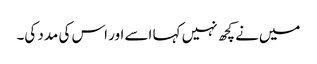
میں‌نے کچھ نہیں کہا اسے اور اس کی مدد کی۔